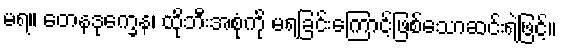
မရ။ တေနဒုက္ခေန၊ ထိုဘီးအစုံကို မရခြင်းကြောင့်ဖြစ်သောဆင်းရဲဖြင့်။